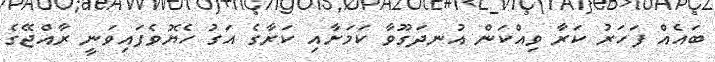
ބައެއް ފަހަރު ކަރާ ވިއްކަން އުނދަގޫވާ ކަމަށާއި ކަރާގެ އަގު ހެޔޮވެފައިވަނީ ރާއްޖޭގެ